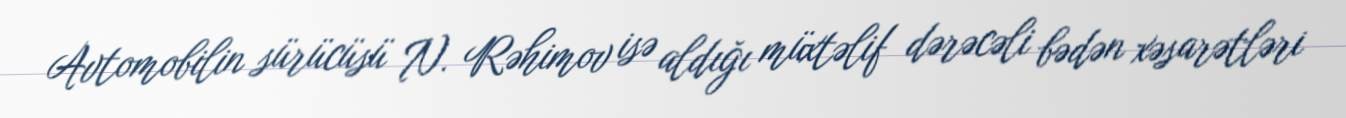
Avtomobilin sürücüsü N. Rəhimov isə aldığı müxtəlif dərəcəli bədən xəsarətləri